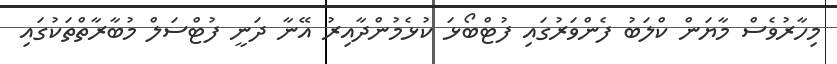
މިހާރުވެސް މާޔަން ކްލަބު ފެންވަރުގައި ފުޓްބޯޅަ ކުޅެމުންދާއިރު އޭނާ ދަނީ ފުޓްސަލް މުބާރާތްތަކުގައި